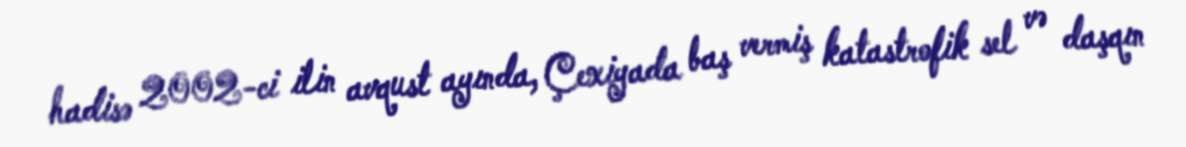
hadisə 2002-ci ilin avqust ayında, Çexiyada baş vermiş katastrofik sel və daşqın